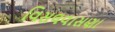
વિસલવાસણા